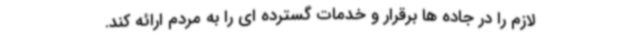
لازم را در جاده ها برقرار و خدمات گسترده ای را به مردم ارائه کند.